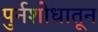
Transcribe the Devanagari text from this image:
पुर्नशोधातून